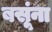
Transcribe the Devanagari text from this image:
बसूंना